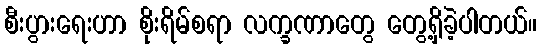
စီးပွားရေးဟာ စိုးရိမ်စရာ လက္ခဏာတွေ တွေ့ရှိခဲ့ပါတယ်။